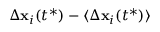
\Delta \mathbf { x } _ { i } ( t ^ { \ast } ) - \langle \Delta \mathbf { x } _ { i } ( t ^ { \ast } ) \rangle